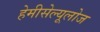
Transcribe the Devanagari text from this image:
हेमीसेल्यूलोज